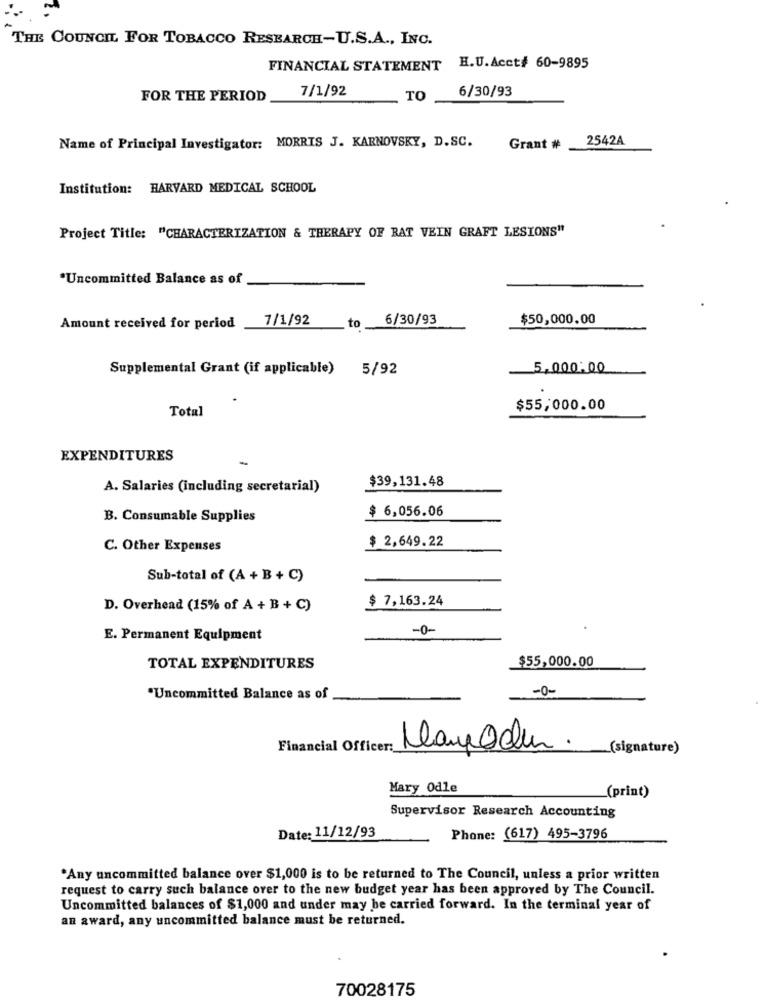
THE COUNCIL FOR TOBACCO RESEARCH-U.S.A ., INC.
FINANCIAL STATEMENT H.U.Acct# 60-9895
7/1/92
6/30/93
FOR THE PERIOD
TO
Name of Principal Investigator: MORRIS J. KARNOVSKY, D.SC.
Grant # 2542A
Institution: HARVARD MEDICAL SCHOOL
Project Title: "CHARACTERIZATION & THERAPY OF RAT VEIN GRAFT LESIONS"
*Uncommitted Balance as of
7/1/92
6/30/93
$50,000.00
Amount received for period
to
Supplemental Grant (if applicable)
5/92
5.000:00
Total
$55,000.00
EXPENDITURES
-
$39,131.48
A. Salaries (including secretarial)
$ 6,056.06
B. Consumable Supplies
$ 2,649.22
C. Other Expenses
Sub-total of (A + B + C)
$ 7,163.24
D. Overhead (15% of A + B + C)
-0-
E. Permanent Equipment
$55,000.00
TOTAL EXPENDITURES
-0-
"Uncommitted Balance as of
Financial Officer :_
Mayoden.
(signature)
Mary Odle
(print)
Supervisor Research Accounting
Date: 11/12/93
Phone: (617) 495-3796
"Any uncommitted balance over $1,000 is to be returned to The Council, unless a prior written
request to carry such balance over to the new budget year has been approved by The Council.
Uncommitted balances of $1,000 and under may be carried forward. In the terminal year of
an award, any uncommitted balance must be returned.
70028175